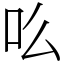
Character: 䶸